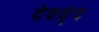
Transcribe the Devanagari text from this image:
देववृंद